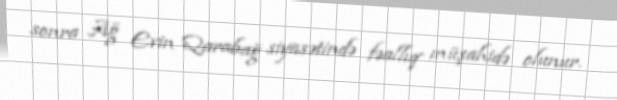
sonra Ağ Evin Qarabağ siyasətində fəallıq müşahidə olunur.